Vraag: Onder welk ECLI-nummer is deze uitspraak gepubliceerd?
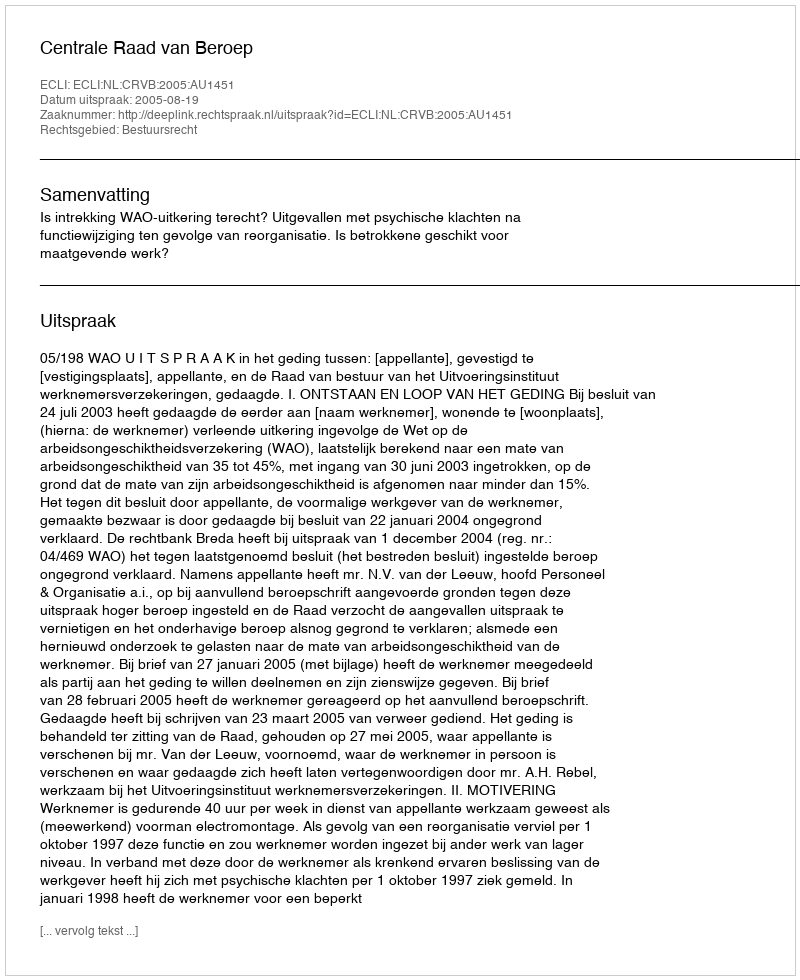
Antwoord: ECLI:NL:CRVB:2005:AU1451